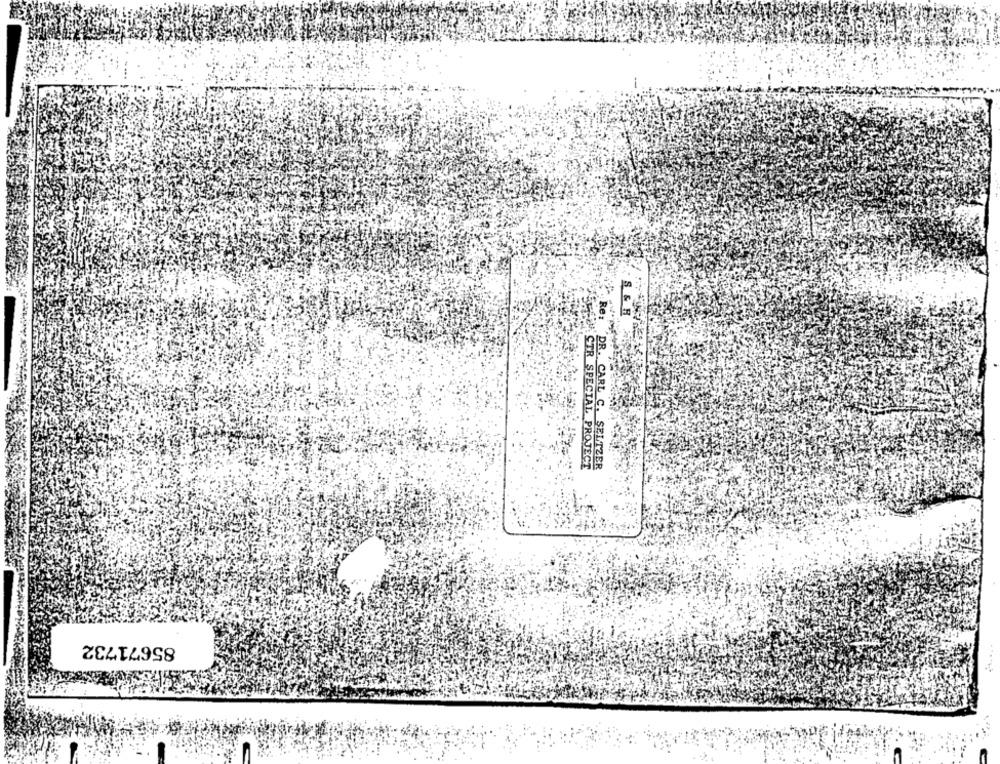
S& H
Re:
CTR SPECIAL PROJECT
DR. CARL C. SELTZER
85671732